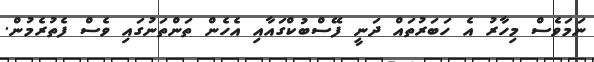
ނަމަވެސް މިހާރު އެ ހަބަރުތައް ދަނީ ފޭސްބުކްގައާއި އެހެން ތަންތަނުގައި ވެސް ފެތުރެމުން.